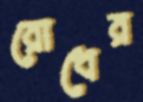
রোধের